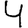
Digit: 4